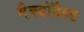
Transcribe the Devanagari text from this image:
मैक्डॉनैल्ड